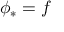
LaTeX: \phi _ { * } = f